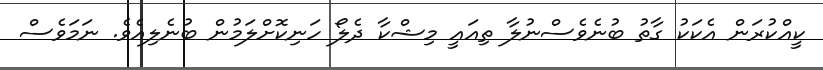
ކީއްކުރަން އެކަކު ގާތު ބުނެވެސްނުލާ ތިއައީ މިޝްކާ ދެލޯ ހަނިކޮށްލަމުން ބުނެލިއެވެ. ނަމަވެސް